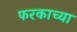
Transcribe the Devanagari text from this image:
फरकाच्या